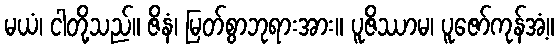
မယံ၊ ငါတို့သည်။ ဇိနံ၊ မြတ်စွာဘုရားအား။ ပူဇိဿာမ၊ ပူဇော်ကုန်အံ့။